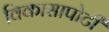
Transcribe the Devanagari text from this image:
विकासापोटी